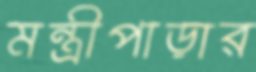
মন্ত্রীপাড়ার